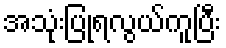
အသုံးပြုရလွယ်ကူပြီး